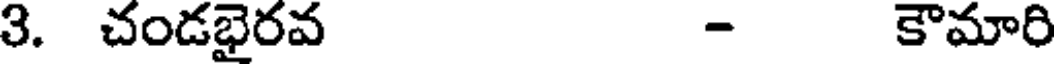
3. చండభైరవ - కౌమారి